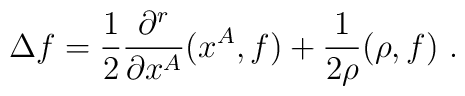
\Delta f=\frac{1}{2}     \frac{\partial^r}{\partial x^A}(x^A,f) + \frac{1}{2\rho}(\rho,f) ~.